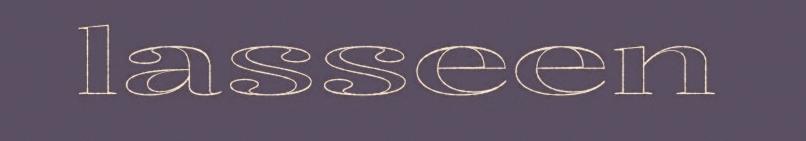
lasseen